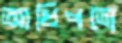
আধিপত্যে